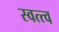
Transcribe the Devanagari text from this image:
स्वत्त्व